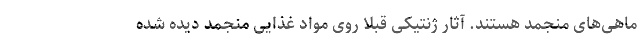
ماهی‌های منجمد هستند. آثار ژنتیکی قبلا روی مواد غذایی منجمد دیده شده